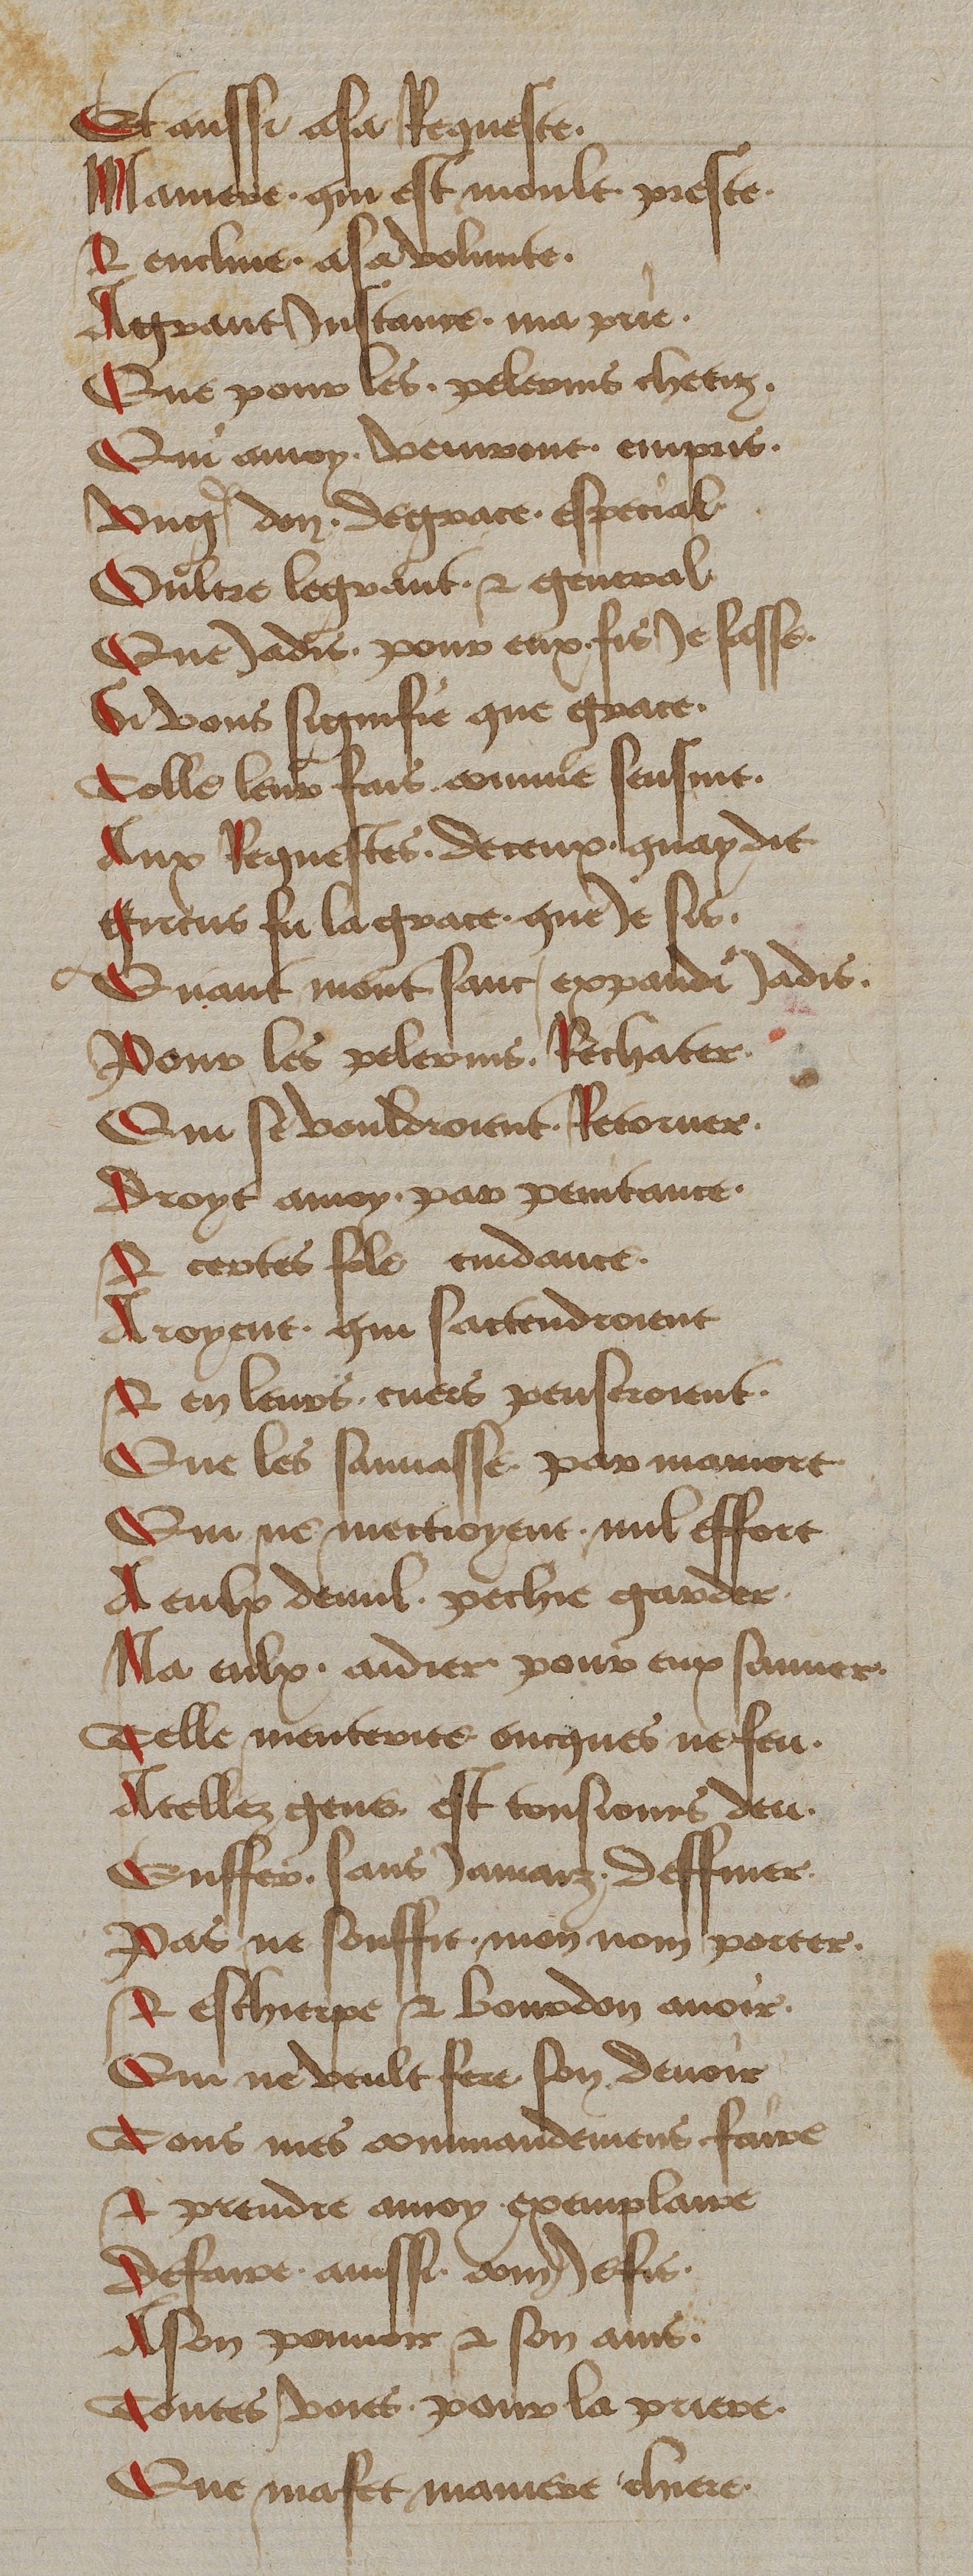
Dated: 1450–1499